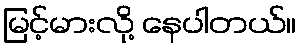
မြင့်မားလို့ နေပါတယ်။